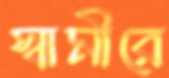
স্বামীরে